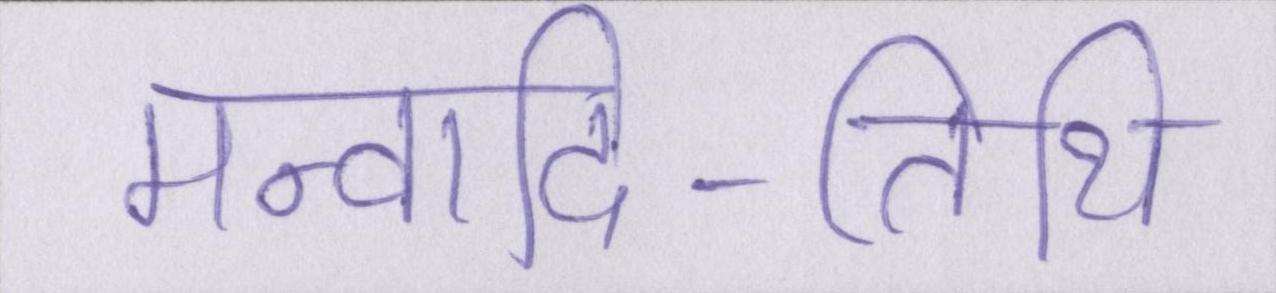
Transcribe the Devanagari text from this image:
मन्वादि-तिथि